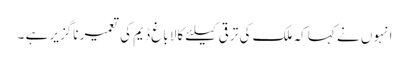
انہوں نے کہا کہ ملک کی ترقی کیلئے کالا باغ ڈیم کی تعمیر ناگزیر ہے ۔